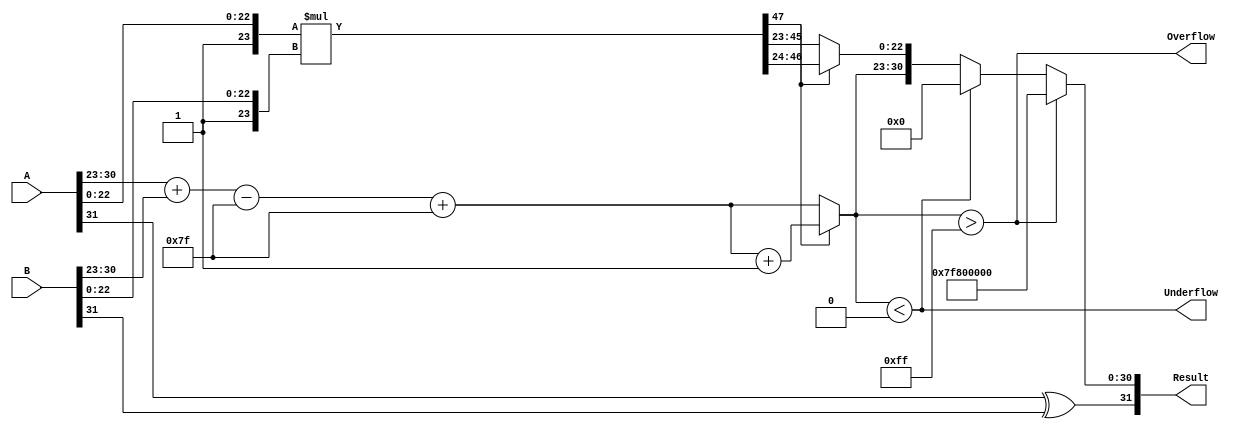
module floating_point_multiplier (
    input wire [31:0] A,          // First floating-point number
    input wire [31:0] B,          // Second floating-point number
    output reg [31:0] Result,     // Result of multiplication
    output reg Overflow,           // Overflow flag
    output reg Underflow           // Underflow flag
);

    // Constants
    localparam EXPONENT_BIAS = 127;
    localparam EXPONENT_MAX = 255;
    localparam EXPONENT_MIN = 0;
    localparam MANTISSA_BITS = 23;

    // Internal signals
    wire sign_a, sign_b, sign_result;
    wire [7:0] exp_a, exp_b, exp_result;
    wire [23:0] mant_a, mant_b, mant_result;
    wire [47:0] mant_mult; // 24 x 24 = 48 bits to hold the product
    reg [8:0] exp_adjusted; // To hold adjusted exponent for normalization
    reg [23:0] mant_normalized; // Normalized mantissa
    reg [7:0] exp_final; // Final exponent after normalization

    // Extract sign, exponent, and mantissa
    assign sign_a = A[31];
    assign sign_b = B[31];
    assign exp_a = A[30:23];
    assign exp_b = B[30:23];
    assign mant_a = {1'b1, A[22:0]}; // Normalized with implicit leading 1
    assign mant_b = {1'b1, B[22:0]}; // Normalized with implicit leading 1

    // Calculate product of mantissas
    assign mant_mult = mant_a * mant_b;

    // Compute the sign of the result
    assign sign_result = sign_a ^ sign_b;

    // Calculate the resultant exponent
    always @(*) begin
        exp_adjusted = {1'b0, exp_a} + {1'b0, exp_b} - EXPONENT_BIAS; // Adjusted exponent
        exp_final = exp_adjusted + EXPONENT_BIAS; // Final exponent after adding bias
        
        // Normalize mantissa
        if (mant_mult[47]) begin
            mant_normalized = mant_mult[46:24]; // Shift right
            exp_final = exp_final + 1; // Increase exponent
        end else begin
            mant_normalized = mant_mult[45:23]; // No shift
        end
    end

    // Check for overflow and underflow
    always @(*) begin
        Overflow = (exp_final > EXPONENT_MAX);
        Underflow = (exp_final < EXPONENT_MIN);
        
        if (Overflow) begin
            Result = {sign_result, 8'b11111111, 23'b0}; // Infinity
        end else if (Underflow) begin
            Result = {sign_result, 8'b0, 23'b0}; // Zero
        end else begin
            Result = {sign_result, exp_final[7:0], mant_normalized[MANTISSA_BITS-1:0]};
        end
    end

endmodule